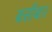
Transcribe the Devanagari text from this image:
बसीबार